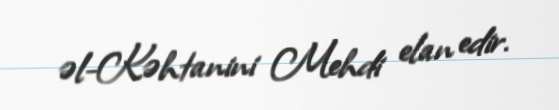
əl-Kəhtanini Mehdi elan edir.